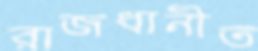
রাজধানীত